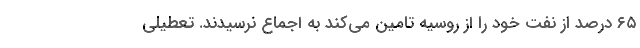
۶۵ درصد از نفت خود را از روسیه تامین‌ می‌کند به اجماع نرسیدند. تعطیلی